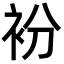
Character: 衯